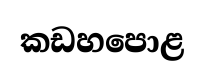
කඩහපොළ